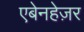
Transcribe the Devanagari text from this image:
एबेनहेज़र